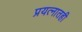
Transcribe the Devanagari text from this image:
प्रयत्नातही